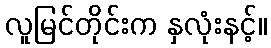
လူမြင်တိုင်းက နှလုံးနင့်။